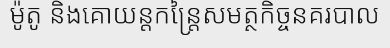
ម៉ូតូ និងគោយន្តកន្ត្រៃសមត្ថកិច្ចនគរបាល